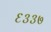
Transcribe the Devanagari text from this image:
६३३७